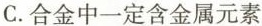
C.合金中一定含金属元素